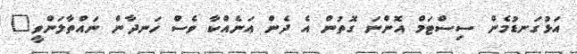
އަޅުގަނޑުމެން ސިސްޓަމް އޮންނަ ގޮތުން އެ ދެން އަނެއްކާ ވެސް ހަނދާން ނައްތާލަންވީ"